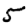
Digit: 5